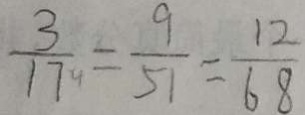
\frac { 3 } { 1 7 } = \frac { 9 } { 5 1 } = \frac { 1 2 } { 6 8 }